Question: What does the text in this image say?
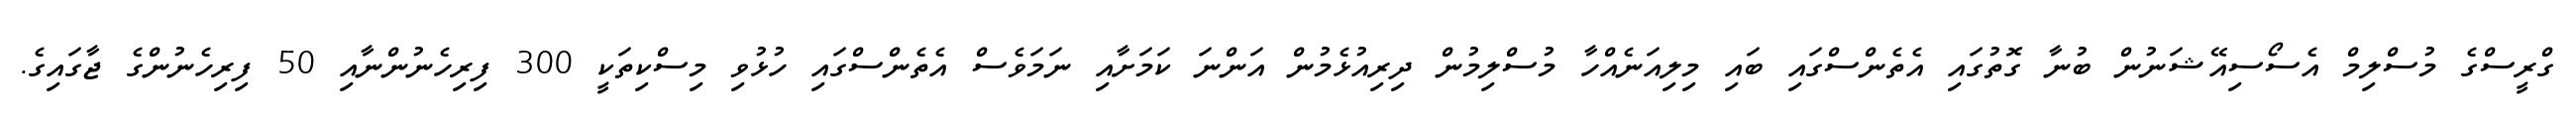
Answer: ގްރީސްގެ މުސްލިމް އެސޯސިއޭޝަނުން ބުނާ ގޮތުގައި އެތެންސްގައި ބައި މިލިއަނެއްހާ މުސްލިމުން ދިރިއުޅެމުން އަންނަ ކަމަށާއި ނަމަވެސް އެތެންސްގައި ހުޅުވި މިސްކިތަކީ 300 ފިރިހެނުންނާއި 50 ފިރިހެނުންގެ ޖާގައިގެ.